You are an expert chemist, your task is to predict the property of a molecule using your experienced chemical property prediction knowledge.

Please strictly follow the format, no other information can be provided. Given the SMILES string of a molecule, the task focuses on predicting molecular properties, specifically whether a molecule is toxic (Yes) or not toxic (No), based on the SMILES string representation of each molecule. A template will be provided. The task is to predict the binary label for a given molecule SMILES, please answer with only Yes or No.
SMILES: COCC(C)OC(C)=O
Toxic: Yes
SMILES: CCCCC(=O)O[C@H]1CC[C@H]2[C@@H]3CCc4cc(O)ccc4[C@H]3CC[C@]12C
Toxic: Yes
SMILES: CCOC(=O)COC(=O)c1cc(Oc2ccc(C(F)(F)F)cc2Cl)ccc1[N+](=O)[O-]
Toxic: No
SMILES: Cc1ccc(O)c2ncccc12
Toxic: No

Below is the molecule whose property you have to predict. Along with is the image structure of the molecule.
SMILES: CC(C)(C)S
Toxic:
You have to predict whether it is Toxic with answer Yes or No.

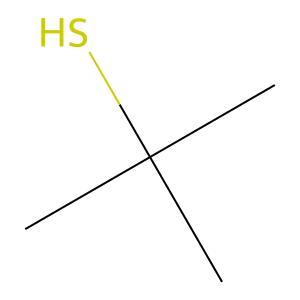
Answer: No